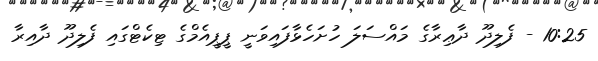
10:25 - ފެލިދޫ ދާޢިރާގެ މައްސަލަ ހުށަހެޅާފައިވަނީ ޕީޕީއެމްގެ ޓިކެޓްގައި ފެލިދޫ ދާއިރާ